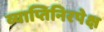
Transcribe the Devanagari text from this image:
व्याप्तिनिरपेक्ष